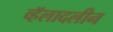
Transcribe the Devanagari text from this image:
व्हॅलादलीन